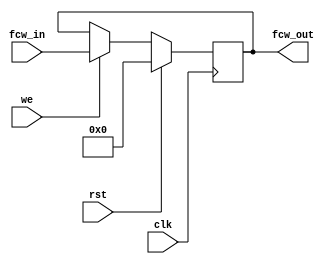
module fcw_register (
    input clk,
    input rst,
    input we,
    input [23:0] fcw_in,
    output reg [23:0] fcw_out
);

    always @ (posedge clk) begin
        if (rst)
            fcw_out <= 24'b0;
        else
            if (we)
                fcw_out <= fcw_in;
    end

endmodule